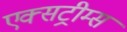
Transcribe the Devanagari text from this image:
एक्सट्रीम्स